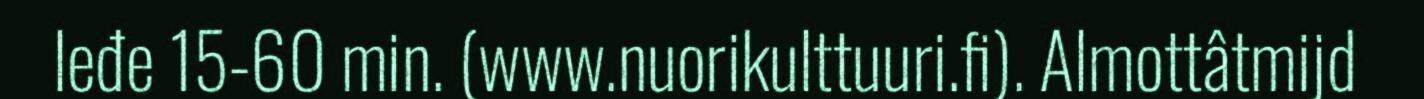
leđe 15-60 min. (www.nuorikulttuuri.fi). Almottâtmijd